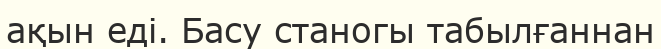
ақын еді. Басу станогы табылғаннан